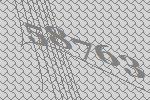
58763